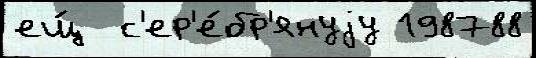
ещ́  с'ер'е́бр'януjу 198788